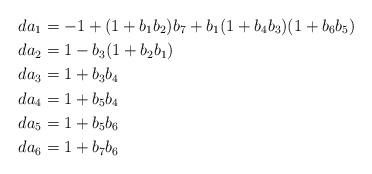
LaTeX: \begin{align*} da_1 &= -1 + (1+b_1 b_2)b_7 + b_1(1+b_4b_3) (1+b_6 b_5) \\ da_2 &= 1- b_3(1+ b_2b_1) \\ da_3 &= 1+ b_3b_4 \\ da_4 &= 1+ b_5 b_4 \\ da_5 &= 1+ b_5 b_6 \\ da_6 &= 1+ b_7 b_6 \end{align*}